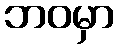
ဘဝမှာ